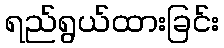
ရည်ရွယ်ထားခြင်း